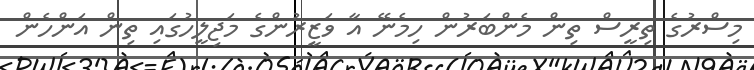
މިސްރުގެ ތިރީސް ތިން މެންބަރުން ހިމެނޭ އާ ވަޒީރުންގެ މަޖިލީހުގައި ތިން އަންހެން